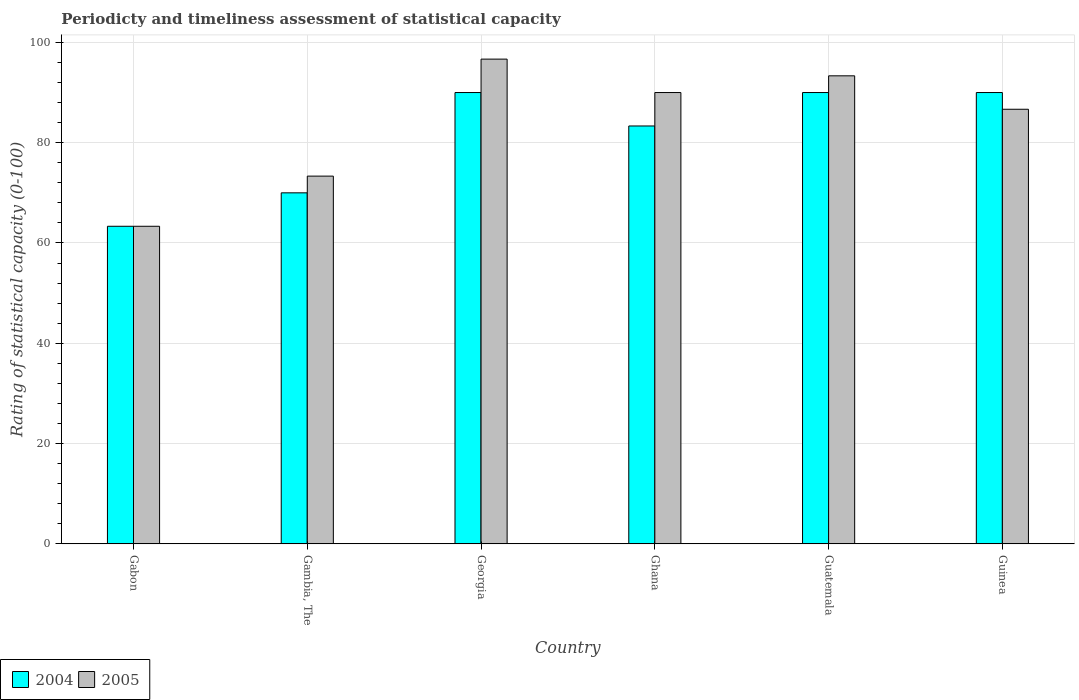
| Country | 2004 | 2005 |
 | --- | --- | --- |
 | Gabon | 63.3 | 63.3 |
 | Gambia, The | 70 | 73.3 |
 | Georgia | 90 | 96.7 |
 | Ghana | 83.3 | 90 |
 | Guatemala | 90 | 93.3 |
 | Guinea | 90 | 86.7 |